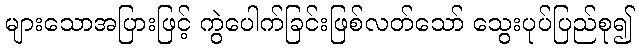
များသောအပြားဖြင့် ကွဲပေါက်ခြင်းဖြစ်လတ်သော် သွေးပုပ်ပြည်စု၍